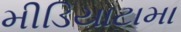
મીડિયાટામા